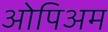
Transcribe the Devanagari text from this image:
ओपिअम